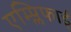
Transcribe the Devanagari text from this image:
एम्प्लिफाई